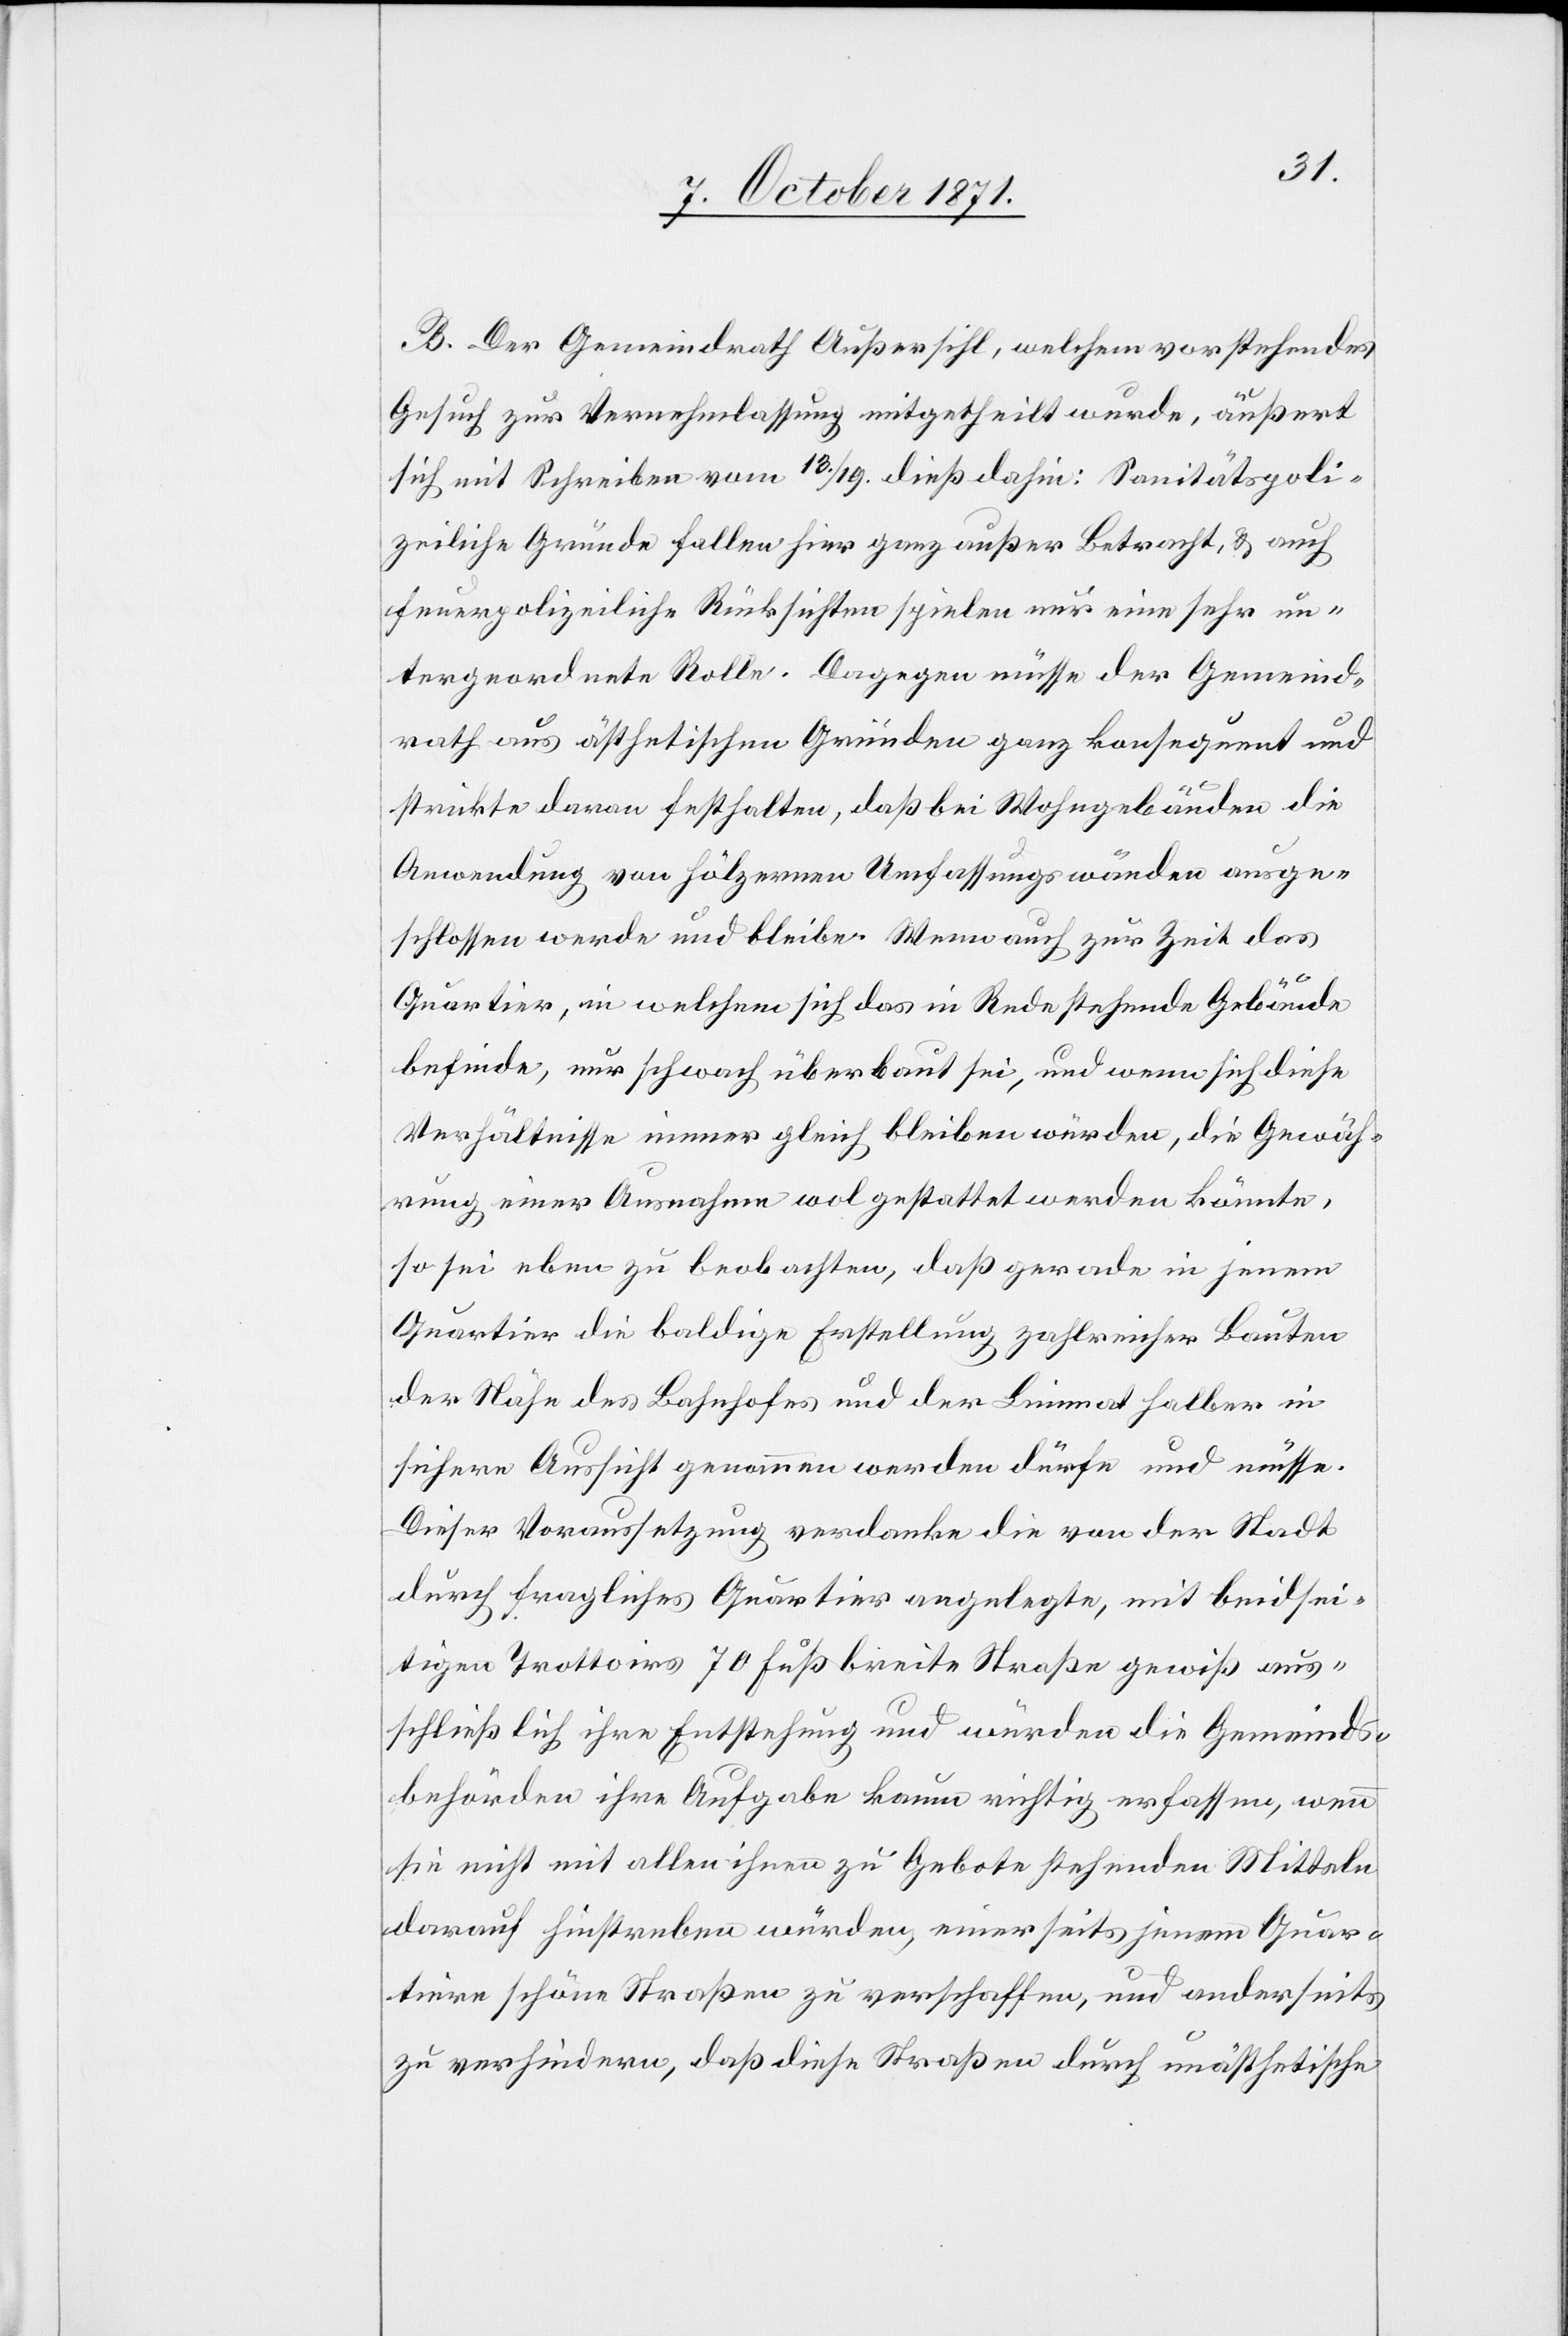
B. Der Gemeindrath Außersihl, welchem vorstehendes
Gesuch zur Vernehmlassung mitgetheilt wurde, äußert
sich mit Schreiben vom 13./19. dieß dahin: Sanitätspoli¬
zeiliche Gründe fallen hier ganz außer Betracht, & auch
feuerpolizeiliche Rücksichten spielen nur eine sehr un¬
tergeordnete Rolle. Dagegen müsse der Gemeind¬
rath aus ästhetischen Gründen ganz konsequent und
strikte daran festhalten, daß bei Wohngebäuden die
Anwendung von hölzernen Umfassungswänden ausge¬
schlossen werde und bleibe. Wenn auch zur Zeit das
Quartier, in welchem sich das in Rede stehende Gebäude
befinde, nur schwach überbaut sei, und wenn sich diese
Verhältnisse immer gleichen würden, die Gewährung einer Ausnahme
so sei eben zu beobachten, daß gerade in jenem
Quartier die baldige Erstellung zahlreicher Bauten
der Nähe des Bahnhofes und der Limmat halber in
sichere Aussicht genommen werden dürfe und müsse.
Dieser Voraussetzung verdanke die von der Stadt
durch fragliches Quartier angelegte, mit beidsei¬
tigen Trottoirs 70 Fuß breite Straße gewiß aus¬
schließlich ihre Entstehung und würden die Gemeinds¬
behörden ihre Aufgabe kaum richtig erfassen, wenn
sie nicht mit allen ihnen zu Gebote stehenden Mitteln
darauf hinstreben würden, einerseits jenem Quar¬
tiere schöne Straßen zu verschaffen, und anderseits
zu verhindern, daß diese Straßen durch unästhetische